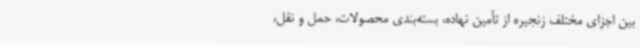
بین اجزای مختلف زنجیره از تأمین نهاده، بسته‌بندی محصولات، حمل و نقل،